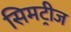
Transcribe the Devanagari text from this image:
सिमट्रीज